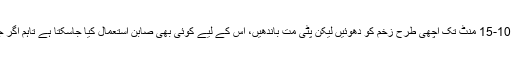
اسپتال دور ہے تو صابن اور بہتے پانی سے 10-15 منٹ تک اچھی طرح زخم کو دھوئیں لیکن پٹی مت باندھیں، اس کے لیے کوئی بھی صابن استعمال کیا جاسکتا ہے تاہم اگر جراثیم کش صابن موجود ہو تو زیادہ بہتر ہے۔